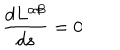
\frac { d L ^ { \alpha \beta } } { d s } = 0